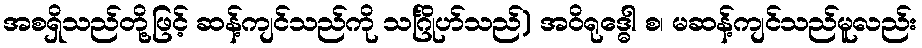
အစရှိသည်တို့ဖြင့် ဆန့်ကျင်သည်ကို သင်္ဂြိုဟ်သည်) အဝိရုဒ္ဓေါ စ၊ မဆန့်ကျင်သည်မူလည်း